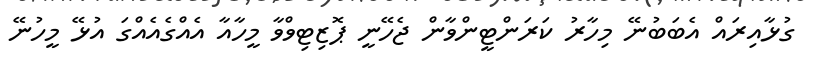
ގުޅާއިރައް އެބަބުނޭ މިހާރު ކަރަންޓީންވާން ޖެހޭނީ ޕޮޒިޓިވްވާ މީހާއާ އެއްގެއެއްގަ އުޅޭ މީހުނޭ